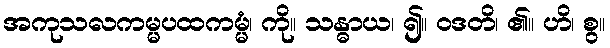
အကုသလကမ္မပထကမ္မံ၊ ကို။ သန္ဓာယ၊ ၍။ ဝဒတိ၊ ၏။ ဟိ၊ စွ။